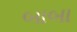
બાબા